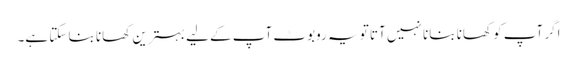
اگر آپ کو کھانا بنانا نہیں آتا تو یہ روبوٹ آپ کے لیے بہترین کھانا بنا سکتا ہے۔